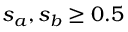
s _ { a } , s _ { b } \geq 0 . 5